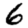
Digit: 6